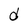
Character: d